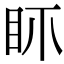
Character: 𥄚